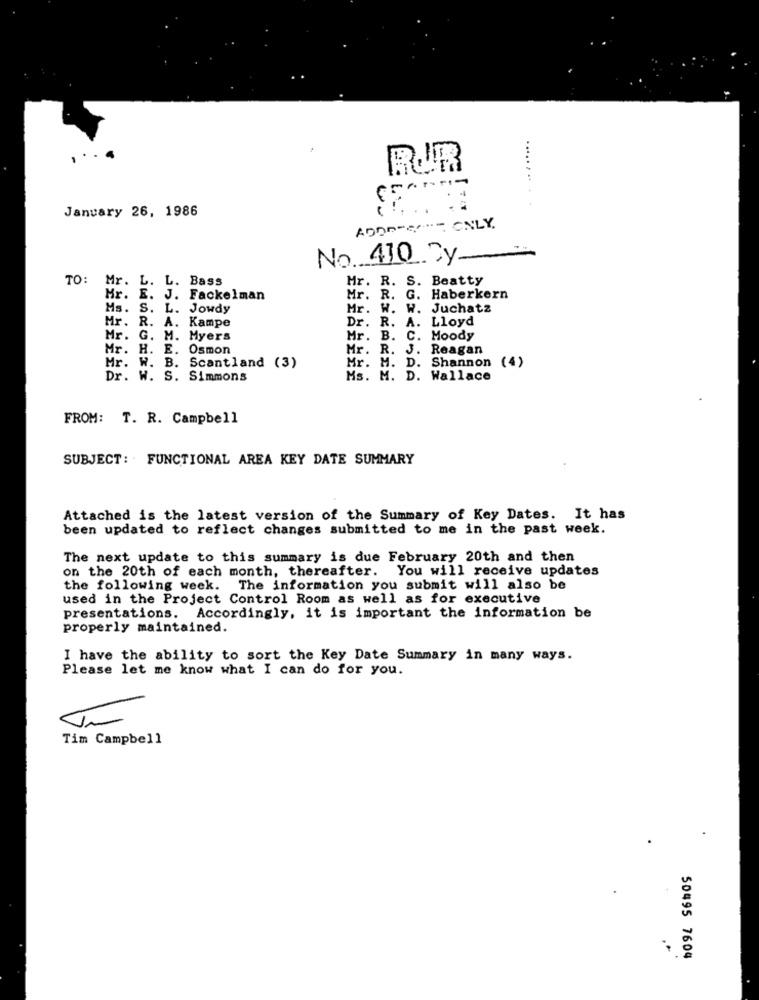
RUR
..... ...
January 26, 1986
ADD0-S- ONLY.
No 410 Cy
TO: Mr. L. L. Bass
Mr. R. S. Beatty
Mr. E. J. Fackelman
Mr. R. G. Haberkern
Ms. S. L. Jowdy
Mr. W. W. Juchatz
Dr. R. A. Lloyd
Mr. R. A. Kampe
Mr. G. M. Myers
Mr. B. C. Moody
Mr. H. E. Osmon
Mr. R. J. Reagan
Mr. M. D. Shannon (4)
Mr. W. B. Scantland (3)
Dr. W. S. Simmons
Ms. M. D. Wallace
FROM: T. R. Campbell
SUBJECT: FUNCTIONAL AREA KEY DATE SUMMARY
Attached is the latest version of the Summary of Key Dates. It has
been updated to reflect changes submitted to me in the past week.
The next update to this summary is due February 20th and then
on the 20th of each month, thereafter. You will receive updates
the following week. The information you submit will also be
used in the Project Control Room as well as for executive
presentations. Accordingly, it is important the information be
properly maintained.
I have the ability to sort the Key Date Summary in many ways.
Please let me know what I can do for you.
Tim Campbell
50495 7604